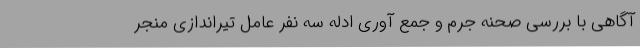
آگاهی با بررسی صحنه جرم و جمع آوری ادله سه نفر عامل تیراندازی منجر